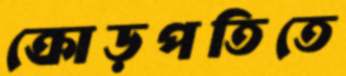
ক্রোড়পতিতে